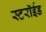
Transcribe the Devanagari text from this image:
स्टरॉईड